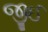
જીઈ